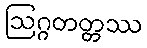
ဩဂ္ဂတတ္တဿ